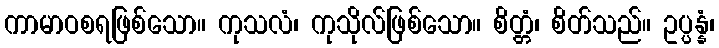
ကာမာဝစရဖြစ်သော။ ကုသလံ၊ ကုသိုလ်ဖြစ်သော။ စိတ္တံ၊ စိတ်သည်။ ဥပ္ပန္နံ၊